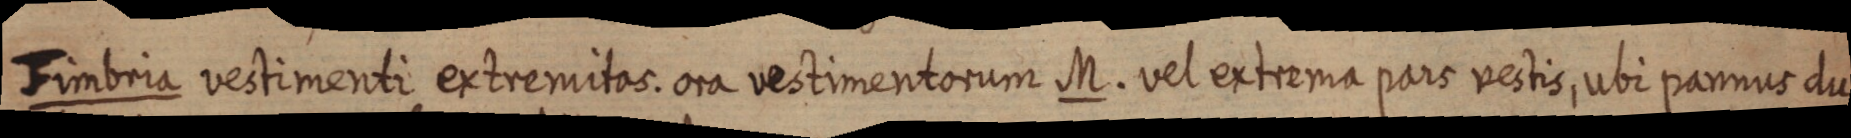
Fimbria vestimenti extremitas. ora vestimentorum M. vel extrema pars vestis, ubi parnus du